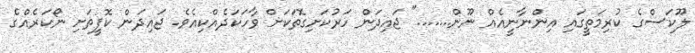
ލޫކަސްގެ ކުރިމަތީގައި އިންނާނީއެއް ނޫން......." ޖައިދަން ހަރުކަށިގޮތަކަށް ވާހަކަދެއްކިއެވެ. ޖައިދަން ކޮފީތަށި ނޯކަރެއްގެ